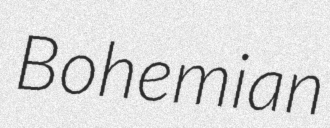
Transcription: Bohemian